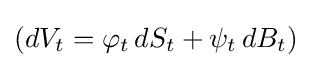
\left(dV_{t}=\varphi _{t}\,dS_{t}+\psi _{t}\,dB_{t}\right)